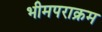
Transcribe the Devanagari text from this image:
भीमपराक्रम